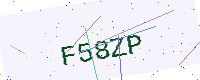
Text: F58ZP